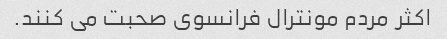
اکثر مردم مونترال فرانسوی صحبت می کنند.